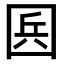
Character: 𡇥